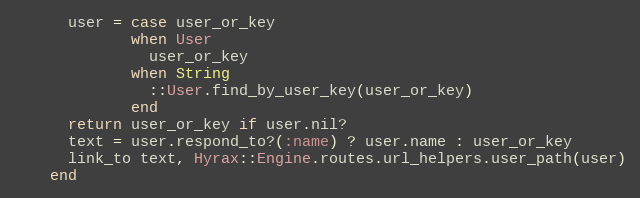
Language: Ruby
      user = case user_or_key
             when User
               user_or_key
             when String
               ::User.find_by_user_key(user_or_key)
             end
      return user_or_key if user.nil?
      text = user.respond_to?(:name) ? user.name : user_or_key
      link_to text, Hyrax::Engine.routes.url_helpers.user_path(user)
    end